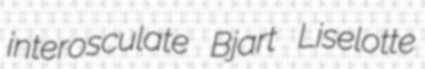
interosculate Bjart Liselotte